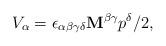
LaTeX: \begin{align*}V_{\alpha }=\epsilon _{\alpha \beta \gamma \delta }\mathbf{M}^{\beta \gamma}p^{\delta }/2, \end{align*}